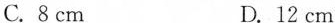
C.8cm D.12cm